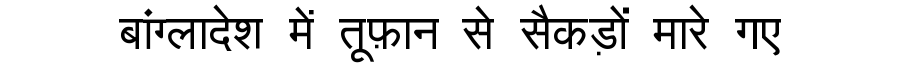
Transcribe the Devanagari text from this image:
बांग्लादेश में तूफ़ान से सैकड़ों मारे गए